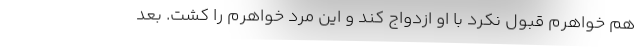
هم خواهرم قبول نکرد با او ازدواج کند و این مرد خواهرم را کشت. بعد